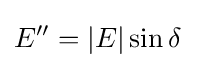
{\begin{aligned}E''&=\left\vert E\right\vert \sin \delta \end{aligned}}